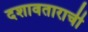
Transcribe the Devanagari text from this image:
दशावताराची